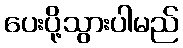
ပေးပို့သွားပါမည်